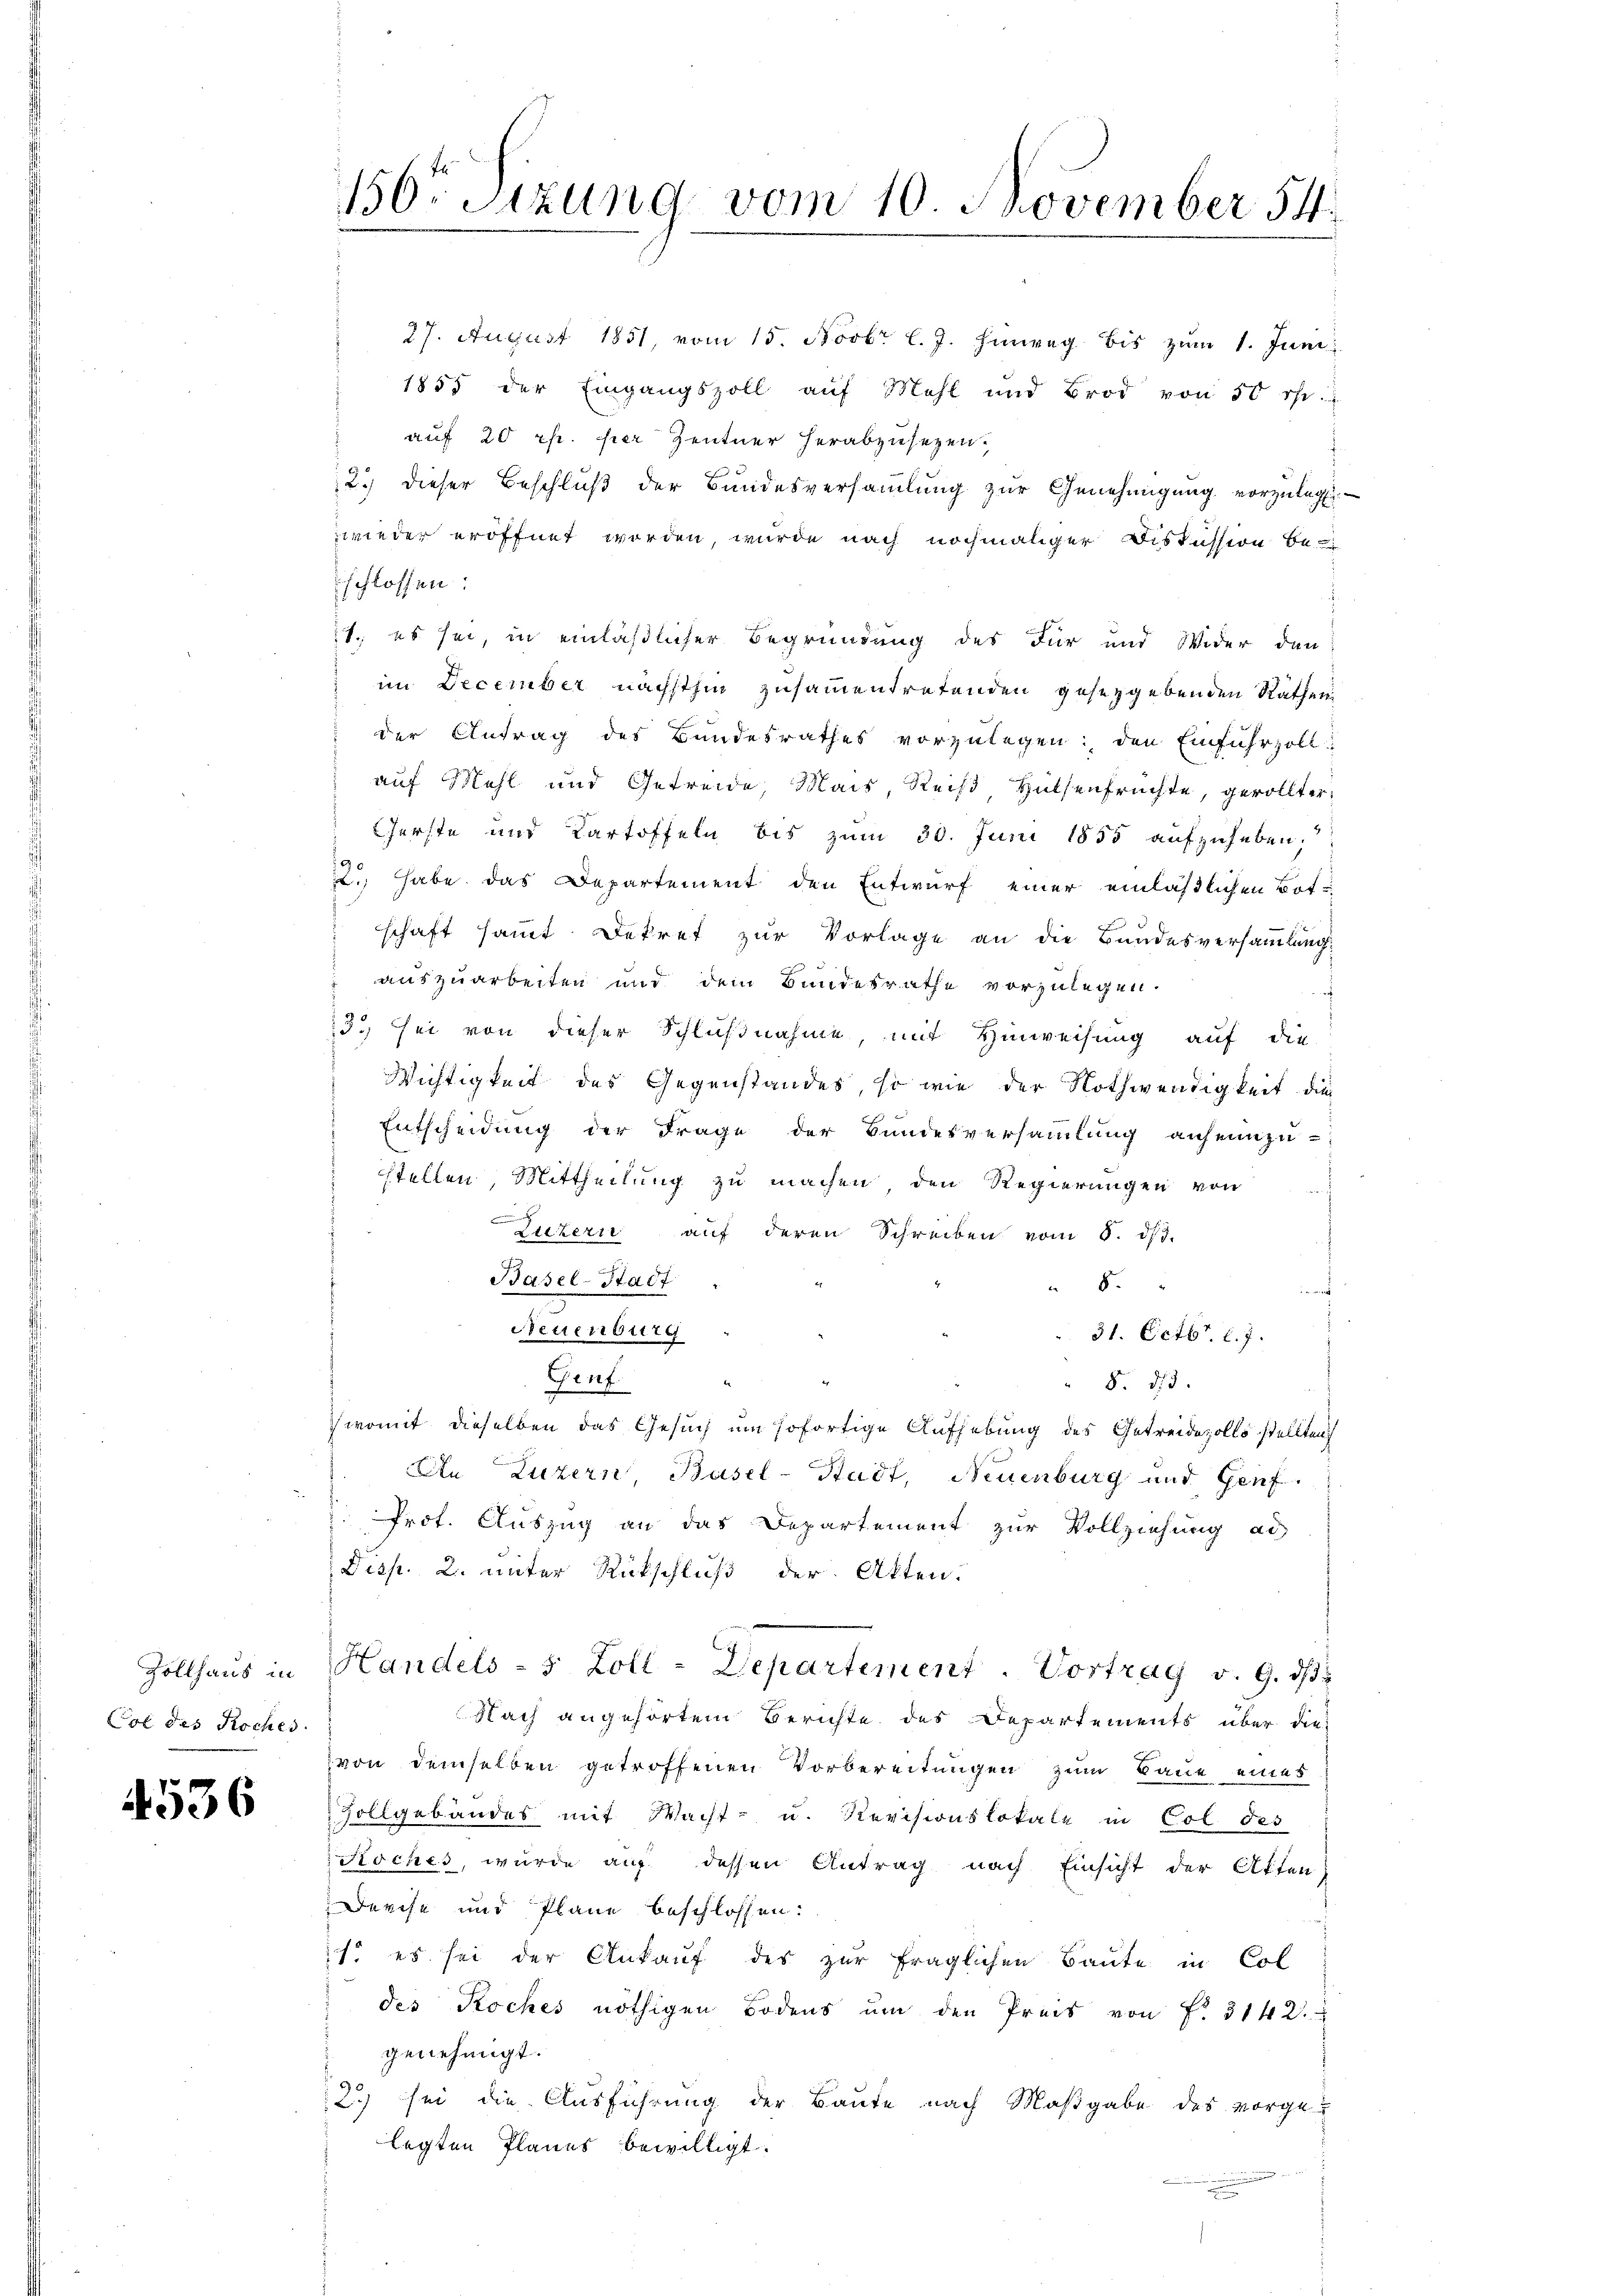
Col des Roches.

4536

27. August 1851, vom 15. Novbr l. J. hinweg bis zum 1. Juni
1855 der Eingangszoll auf Mehl und Brod von 50 rp.
auf 20 rp. per Zentner herabzusetzen.
2.) dieser Beschluß der Bundesversammlung zur Genehmigung vorzulege
wieder eröffnet worden, wurde nach nochmaliger Diskussion be-
schlossen:
1. es sei, in einläßlicher Begründung des Für und Wider den
im December nächsthin zusammentretenden gesetzgebenden Räthender Antrag des Bundesrathes vorzulegen; den Einfuhrzoll
auf Mehl und Getreide, Mais, Reiß Hülsenfrüchte, gerollter¬
Gerste und Kartoffeln bis zum 30. Juni 1855 aufzuheben,
22. habe das Departement den Entwurf einer einläßlichen Botschaft samt Dekret zur Vorlage an die Bundesversammlung
 auszuarbeiten und dem Bundesrathe vorzulegen.
3) sei von dieser Schlußnahme, mit Hinweisung auf die
Wichtigkeit des Gegenstandes, so wie der Nothwendigkeit die
Entscheidung der Frage der Bundesversammlung anheizu-
stellen Mittheilung zu machen den Regierungen von
Luzern auf deren Schreiben vom 8. ds.
Basel-Stadt
8
f
Neuenburg
31. Octbr. l. 7.
Genf.
8. d.
womit dieselben das Gesuch um sofortige Aufhebung des Getreidezolls stellten
An Luzern, Basel-Stadt, Neuenburg und Genf.
. Prot. Auszug an das Departement zur Vollziehung ad
Disp. 2. unter Rückschluß der Akten.
Zollhaus in Handels- 5 Zoll-Departement. Vortrag v. 9. ds
Nach angehörtem Berichte des Departements über die
von demselben getroffenen Vorbereitungen zum Baue eines
Zollgebäudes mit Wacht- u. Revisionslokale in Col des
Roches, wurde auf dessen Antrag nach Einsicht der Akten
Derche und Pläne beschlossen:
1. es sei der Ankauf des zur fraglichen Baute in Col
des Koches nöthigen Bodens um den Preis von f. 3142.
genehmigt.
2) sei die Ausführung der Baute nach Maßgabe des vorge-
legten Planes bewilligt.

156ten Sizung vom 10. November 54.